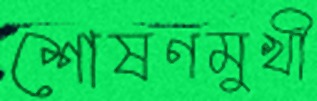
শোষণমুখী